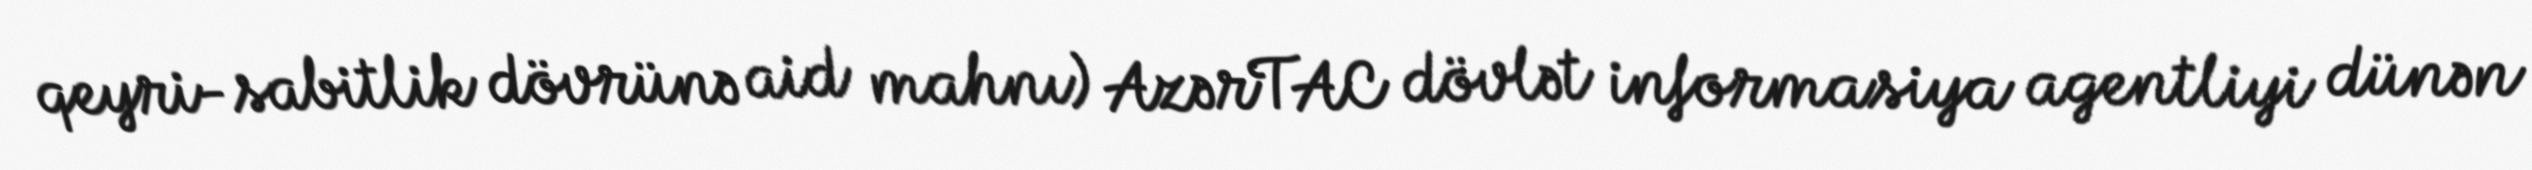
qeyri-sabitlik dövrünə aid mahnı) AzərTAC dövlət informasiya agentliyi dünən